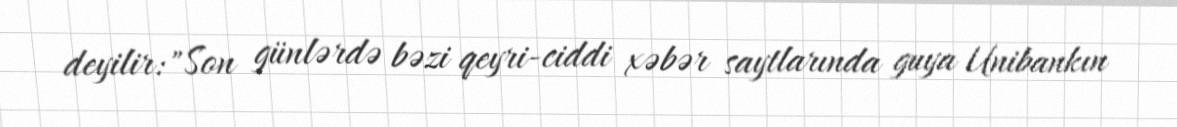
deyilir:"Son günlərdə bəzi qeyri-ciddi xəbər saytlarında guya Unibankın